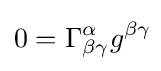
0=\Gamma _{\beta \gamma }^{\alpha }g^{\beta \gamma }\!